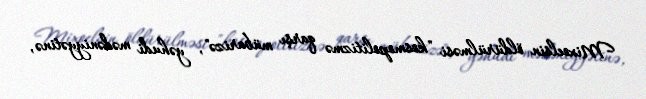
Mixoelsin öldürülməsi "kosmopolitizmə qarşı mübarizə", yəhudi mədəniyyətinə,